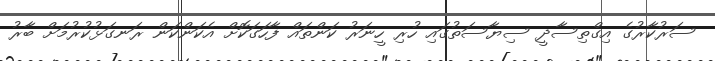
ސަރުކާރުގެ އިގްތިސާދީ ސިޔާސަތުގައި ހުރި ހީނަރު ކަންތައް ފާހަގަކޮށް އެކަންކަން ރަނގަޅުކުރުމަށް ބާރު